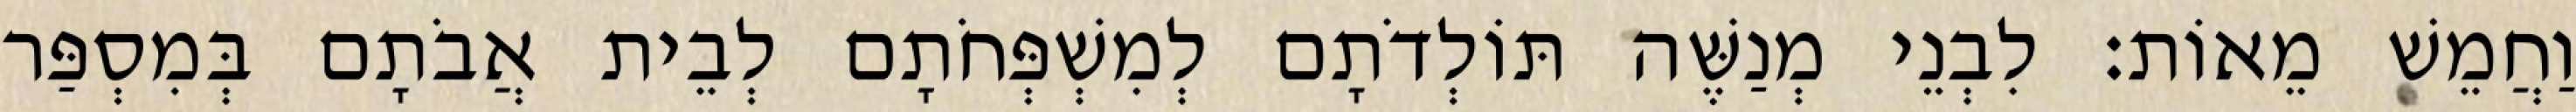
וַחֲמֵשׁ מֵאוֹת׃ לִבְנֵי מְנַשֶּׁה תּוֹלְדֹתָם לְמִשְׁפְּחֹתָם לְבֵית אֲבֹתָם בְּמִסְפַּר